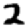
Digit: 2